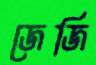
জেজি